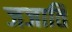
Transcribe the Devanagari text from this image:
जजाति